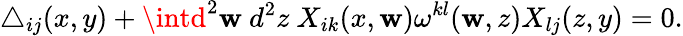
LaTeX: \triangle_{ij}(x,y)+\intd^{2}\mathbf{w}~d^{2}z~X_{ik}(x,\mathbf{w})\omega^{kl}(\mathbf{w},z)X_{lj}(z,y)=0.